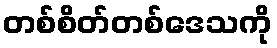
တစ်စိတ်တစ်ဒေသကို